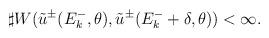
LaTeX: \begin{align*} \begin{aligned} \sharp W(\tilde{u}^{\pm}(E_{k}^{-},\theta),\tilde{u}^{\pm}(E_{k}^{-}+\delta,\theta))<\infty. \end{aligned}\end{align*}